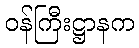
ဝန်ကြီးဋ္ဌာနက